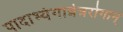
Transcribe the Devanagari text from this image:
पादाभ्यंगान्नेत्ररोगान्